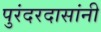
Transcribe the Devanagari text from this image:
पुरंदरदासांनी